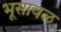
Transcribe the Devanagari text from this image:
भूसावळ